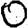
Digit: 0